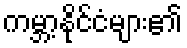
ကမ္ဘာ့နိုင်ငံများ၏